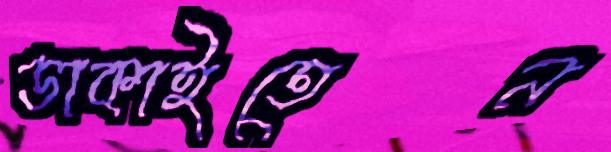
ডাকাইতেন